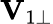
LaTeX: \mathbf{V}_{1\perp}